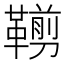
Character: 𩌵